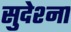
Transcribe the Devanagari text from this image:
सुदेश्ना